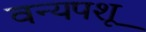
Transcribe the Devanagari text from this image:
वन्यपशू